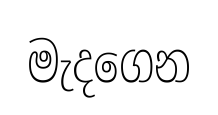
මැදගෙන